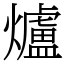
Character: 爐